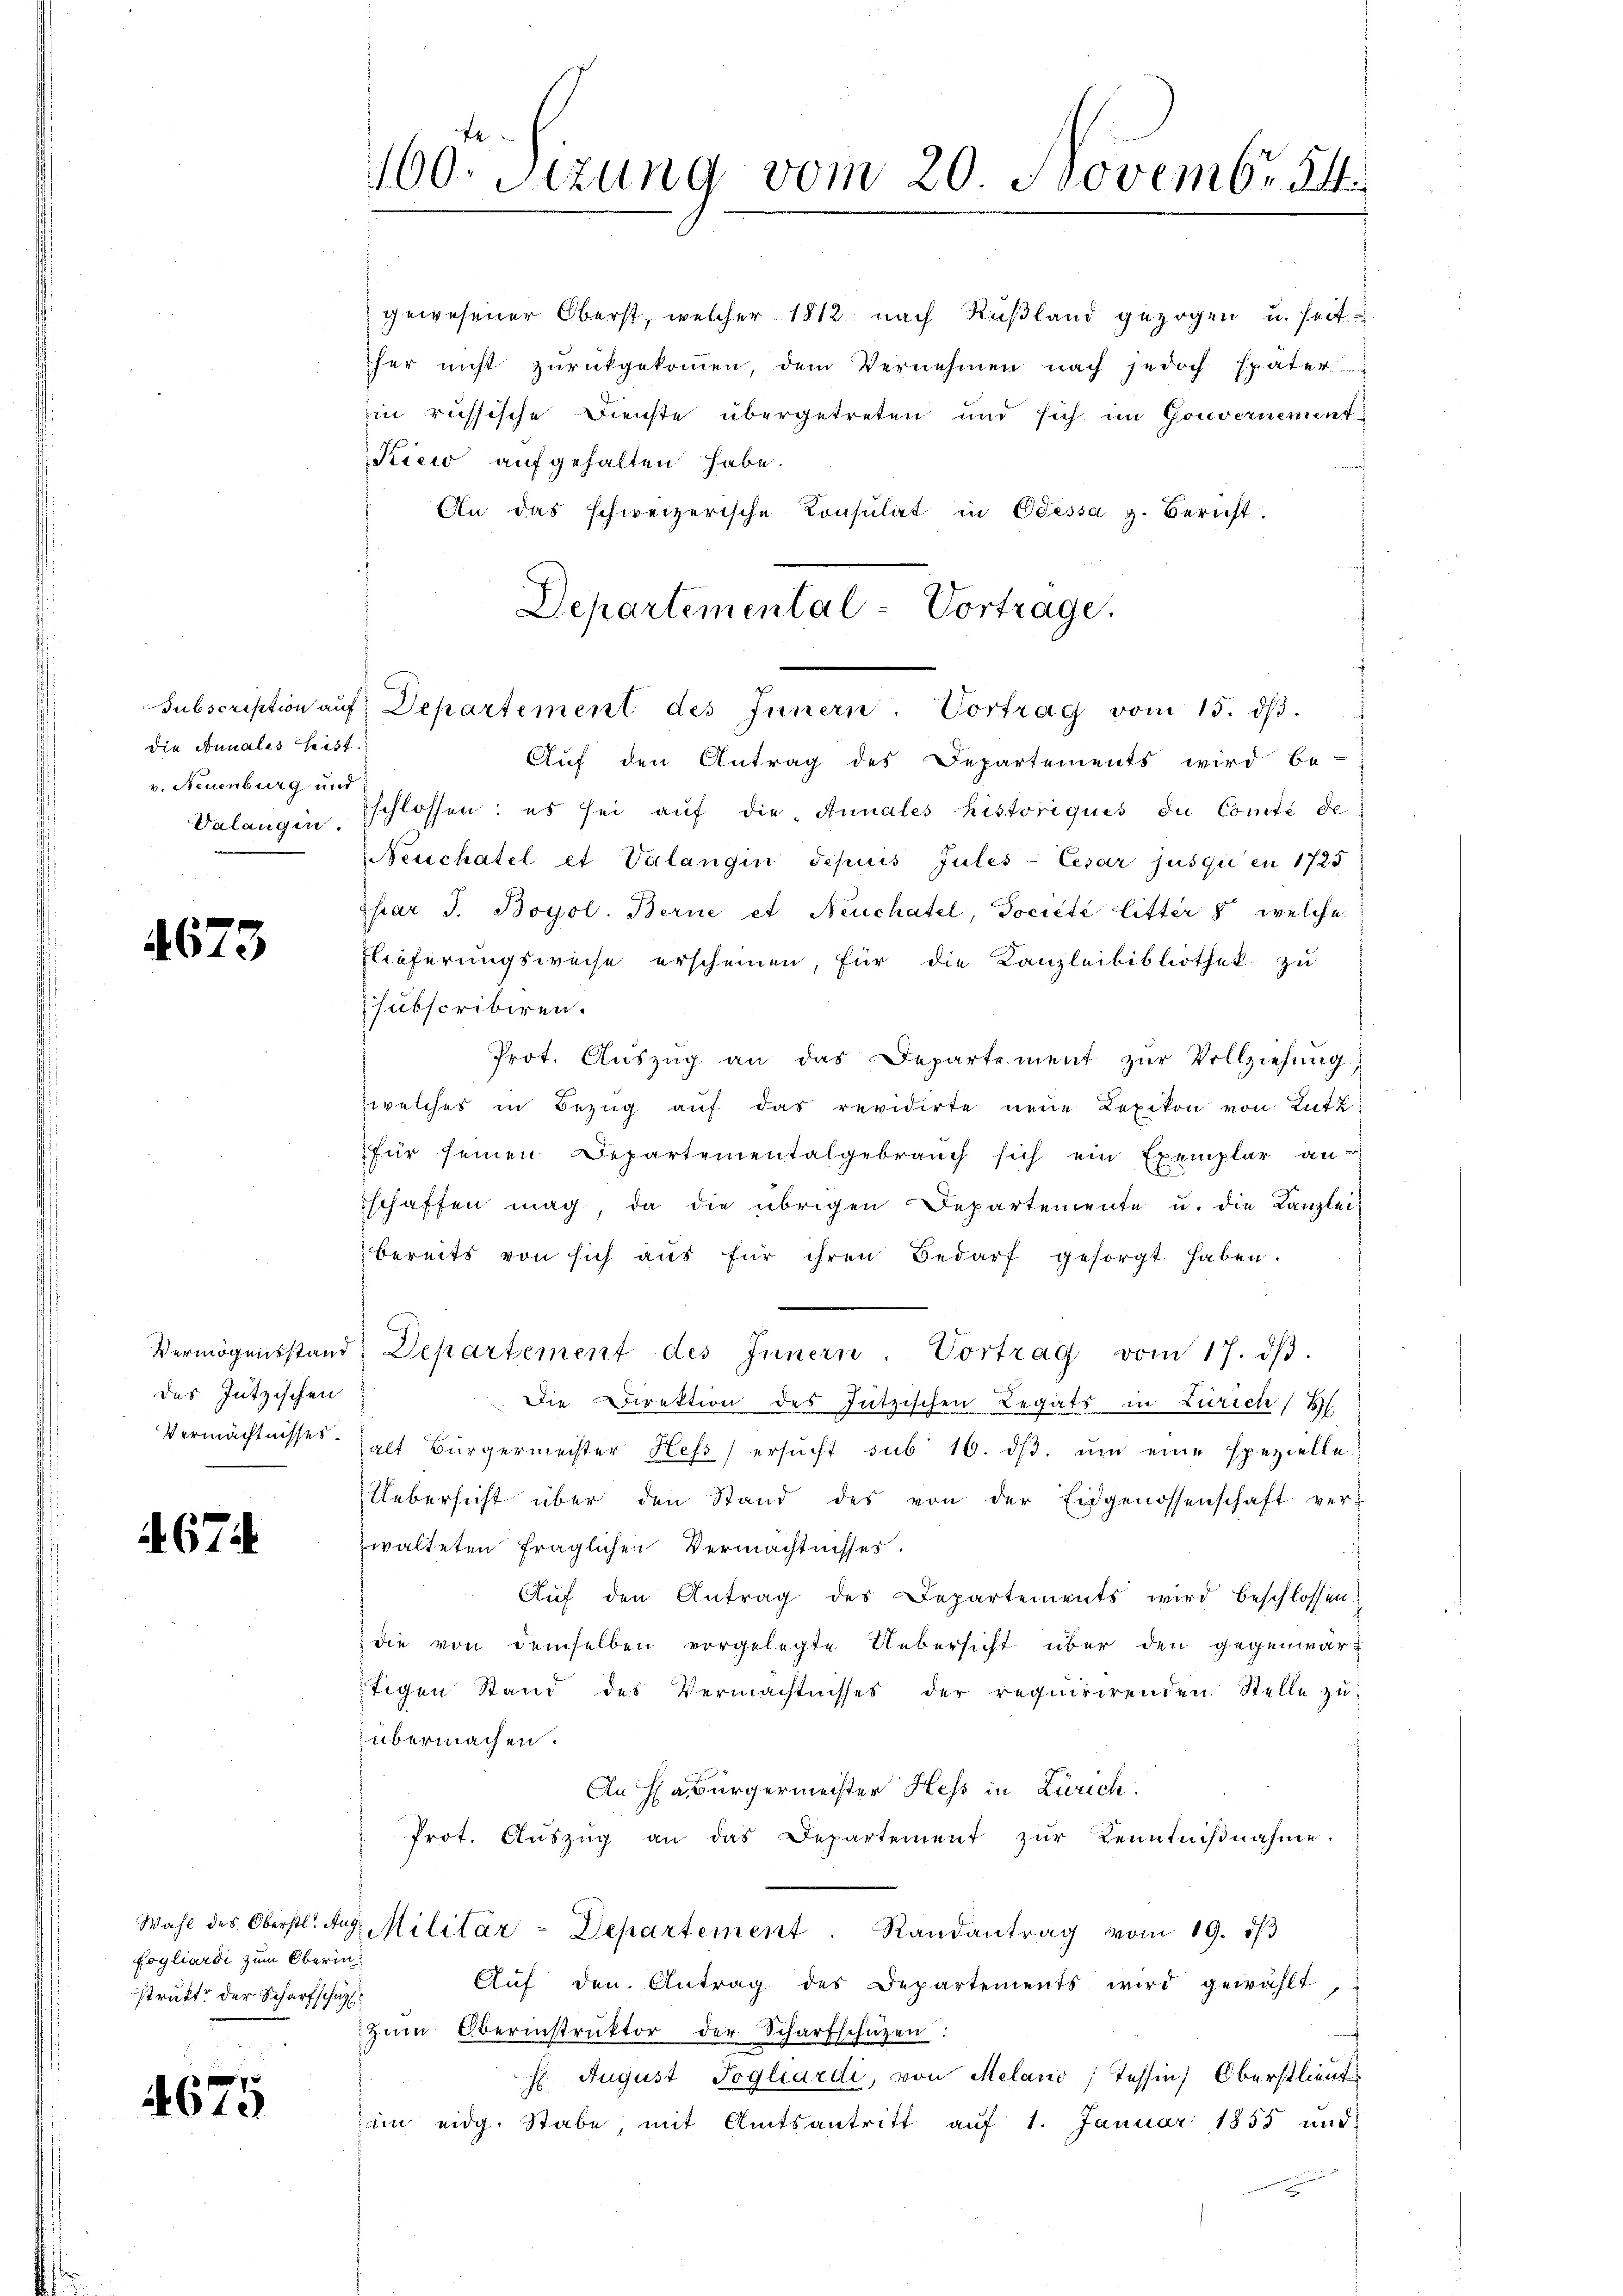
die Annales Leist.
v. Neuenburg und

4673

des Jutzischen
Vermächtnisses.

A. 674.

fogliardi zum Oberin
strukt der Scharfschützl

4675

Kicio aufgehalten habe.
An das schweizerische Konsulat in Odessa z. Bericht
Departemental-Vortrage.

160. Sizung vom 20. Novembr 84

Subscription aŭf Departement des Innern. Vortrag vom 15. dβ.

Auf den Antrag des Departements wird be-
Valangin, schlossen: es sei auf die „Annales historiques die Comte de
Neuchatel et Valangin depuis Jules- Cesar jusqu’en 1725
zhar J. Boyol. Berne et Neuchatel, Dociété litter 8 welche
Flieferungsweise erscheinen, für die Kanzleibibliothek zu
subscribiren.
Prot. Auszug an das Departement zur Vollziehung,
zwelches in Bezŭg aŭf das revidirte neue Lexikon von Lutt
für seinen Departementalgebrauch sich ein Exemplar an-
schaffen mag, da die übrigen Departemente u. die Kanzlei-
bereits von sich aus für ihren Bedarf gesorgt haben.
Vermögensstand, Departement des Innern. Vortrag vom 17. dβ.
Die Direktion des Jützischen Legats in Zürich
halt Bürgermeister Hess ersŭcht sub 16. dβ. ŭm eine spezielle
Uebersicht über den Stand des von der Eidgenossenschaft ver-
walteten fraglichen Vermächtnisses.
Aŭf den Antrag des Departements wird beschlossen.
die von demselben vorgelegte Uebersicht über den gegenwär-
tigen Stand des Vermächtnisses der requirirenden Stelle zuübermachen.
An Hr Bürgermeister Hess in Zürich.
Prot. Aŭszŭg an das Departement zŭr Kenntniβnahme.
Wahl des Oberstl. das Militär-Departement. Randantrag vom 19. ist
Aŭf den Antrag des Departements wird gewählt
zŭm Oberinstrŭktor der Scharfschüzen:
E. August Pogliardi, von Melano, Tessin, Oberstlieut.
im eidg. Stabe, mit Amtsantritt auf 1. Januar 1855 und
a

gewesener Oberst, welcher 1812 nach Rußland gezogen u. seit
her nicht zurückgekommen, dem Vernehmen nach jedoch später
in russische Dienste übergetreten und sich im Gouvernement